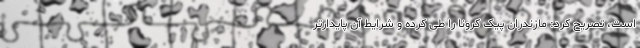
است، تصریح کرد: مازندران پیک کرونا را طی کرده و شرایط آن پایدارتر